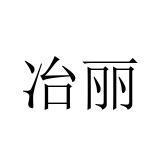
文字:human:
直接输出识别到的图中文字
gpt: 冶丽